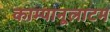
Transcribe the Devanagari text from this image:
काम्पानूलाटम